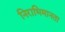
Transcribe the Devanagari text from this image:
निराभिमानता